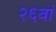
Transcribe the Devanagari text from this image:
२६वां